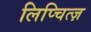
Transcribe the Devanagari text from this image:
लिप्चित्ज़